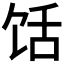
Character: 𱃺